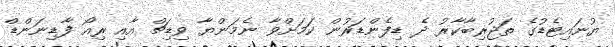
ޔުނައިޓެޑުގެ ތަޖުރިބާކާރު ދެ ޑިފެންޑަރުން ކަމަށްވާ ނެމަންޔާ ވިޑިޗް އާއި ރިއޯ ފާޑިނަންޑް